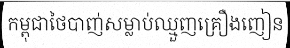
កម្ពុជាថៃបាញ់សម្លាប់ឈ្មួញគ្រឿងញៀន